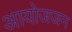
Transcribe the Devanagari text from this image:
आयोजजन